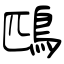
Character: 鴄